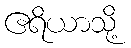
ဧရိယာသို့